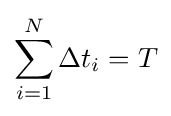
\sum _{i=1}^{N}\Delta t_{i}=T